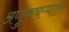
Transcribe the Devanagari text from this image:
अणुकचऱ्यात